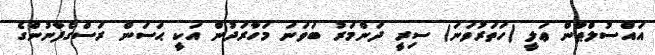
އައްސުލްޠާން ޢަލީ (ހަތަރުވަނަ) ސިރީ ދަންމަރު ބަވަނަ މަހާރަދުން އަކީ ޙަސަން ރަސްގެފާނުންގެ